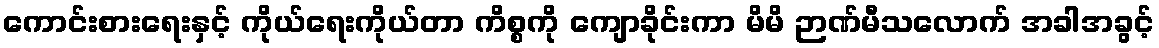
ကောင်းစားရေးနှင့် ကိုယ်ရေးကိုယ်တာ ကိစ္စကို ကျောခိုင်းကာ မိမိ ဉာဏ်မီသလောက် အခါအခွင့်